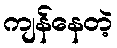
ကျန်နေတဲ့